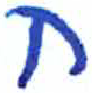
אות: ח